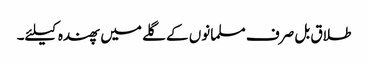
طلاق بل صرف مسلمانوں کے گلے میں پھندہ کیلئے۔